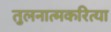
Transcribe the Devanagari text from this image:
तुलनात्मकरित्या